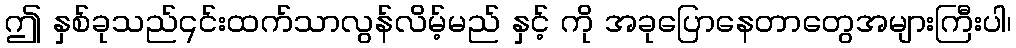
ဤ နှစ်ခုသည်၎င်းထက်သာလွန်လိမ့်မည် နှင့် ကို အခုပြောနေတာတွေအများကြီးပါ၊